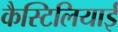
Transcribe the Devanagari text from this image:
कैस्टिलियाई